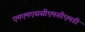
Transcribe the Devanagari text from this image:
एमएमएससीएमसीएमडी